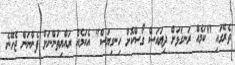
ތެރޭގައި "ކަމެއް ރަނގަޅަށް ދިޔައަސް ގޯސްކޮށް ހިނގިޔަސް" އެކަމެއް ރައްޔިތުންނަށް ފެންނަން ޖެހޭނެ